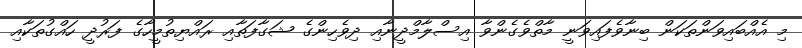
މި އެއްބައިވަންތަކަން ބިނާވެފައިވަނީ މާތްވެގެންވާ އިސްލާމްދީނާއި ދިވެހިންގެ ޝަގާފަތާއި ރައްޔިތުމީހާގެ ފަރުދީ ހައްގުތަކާއި